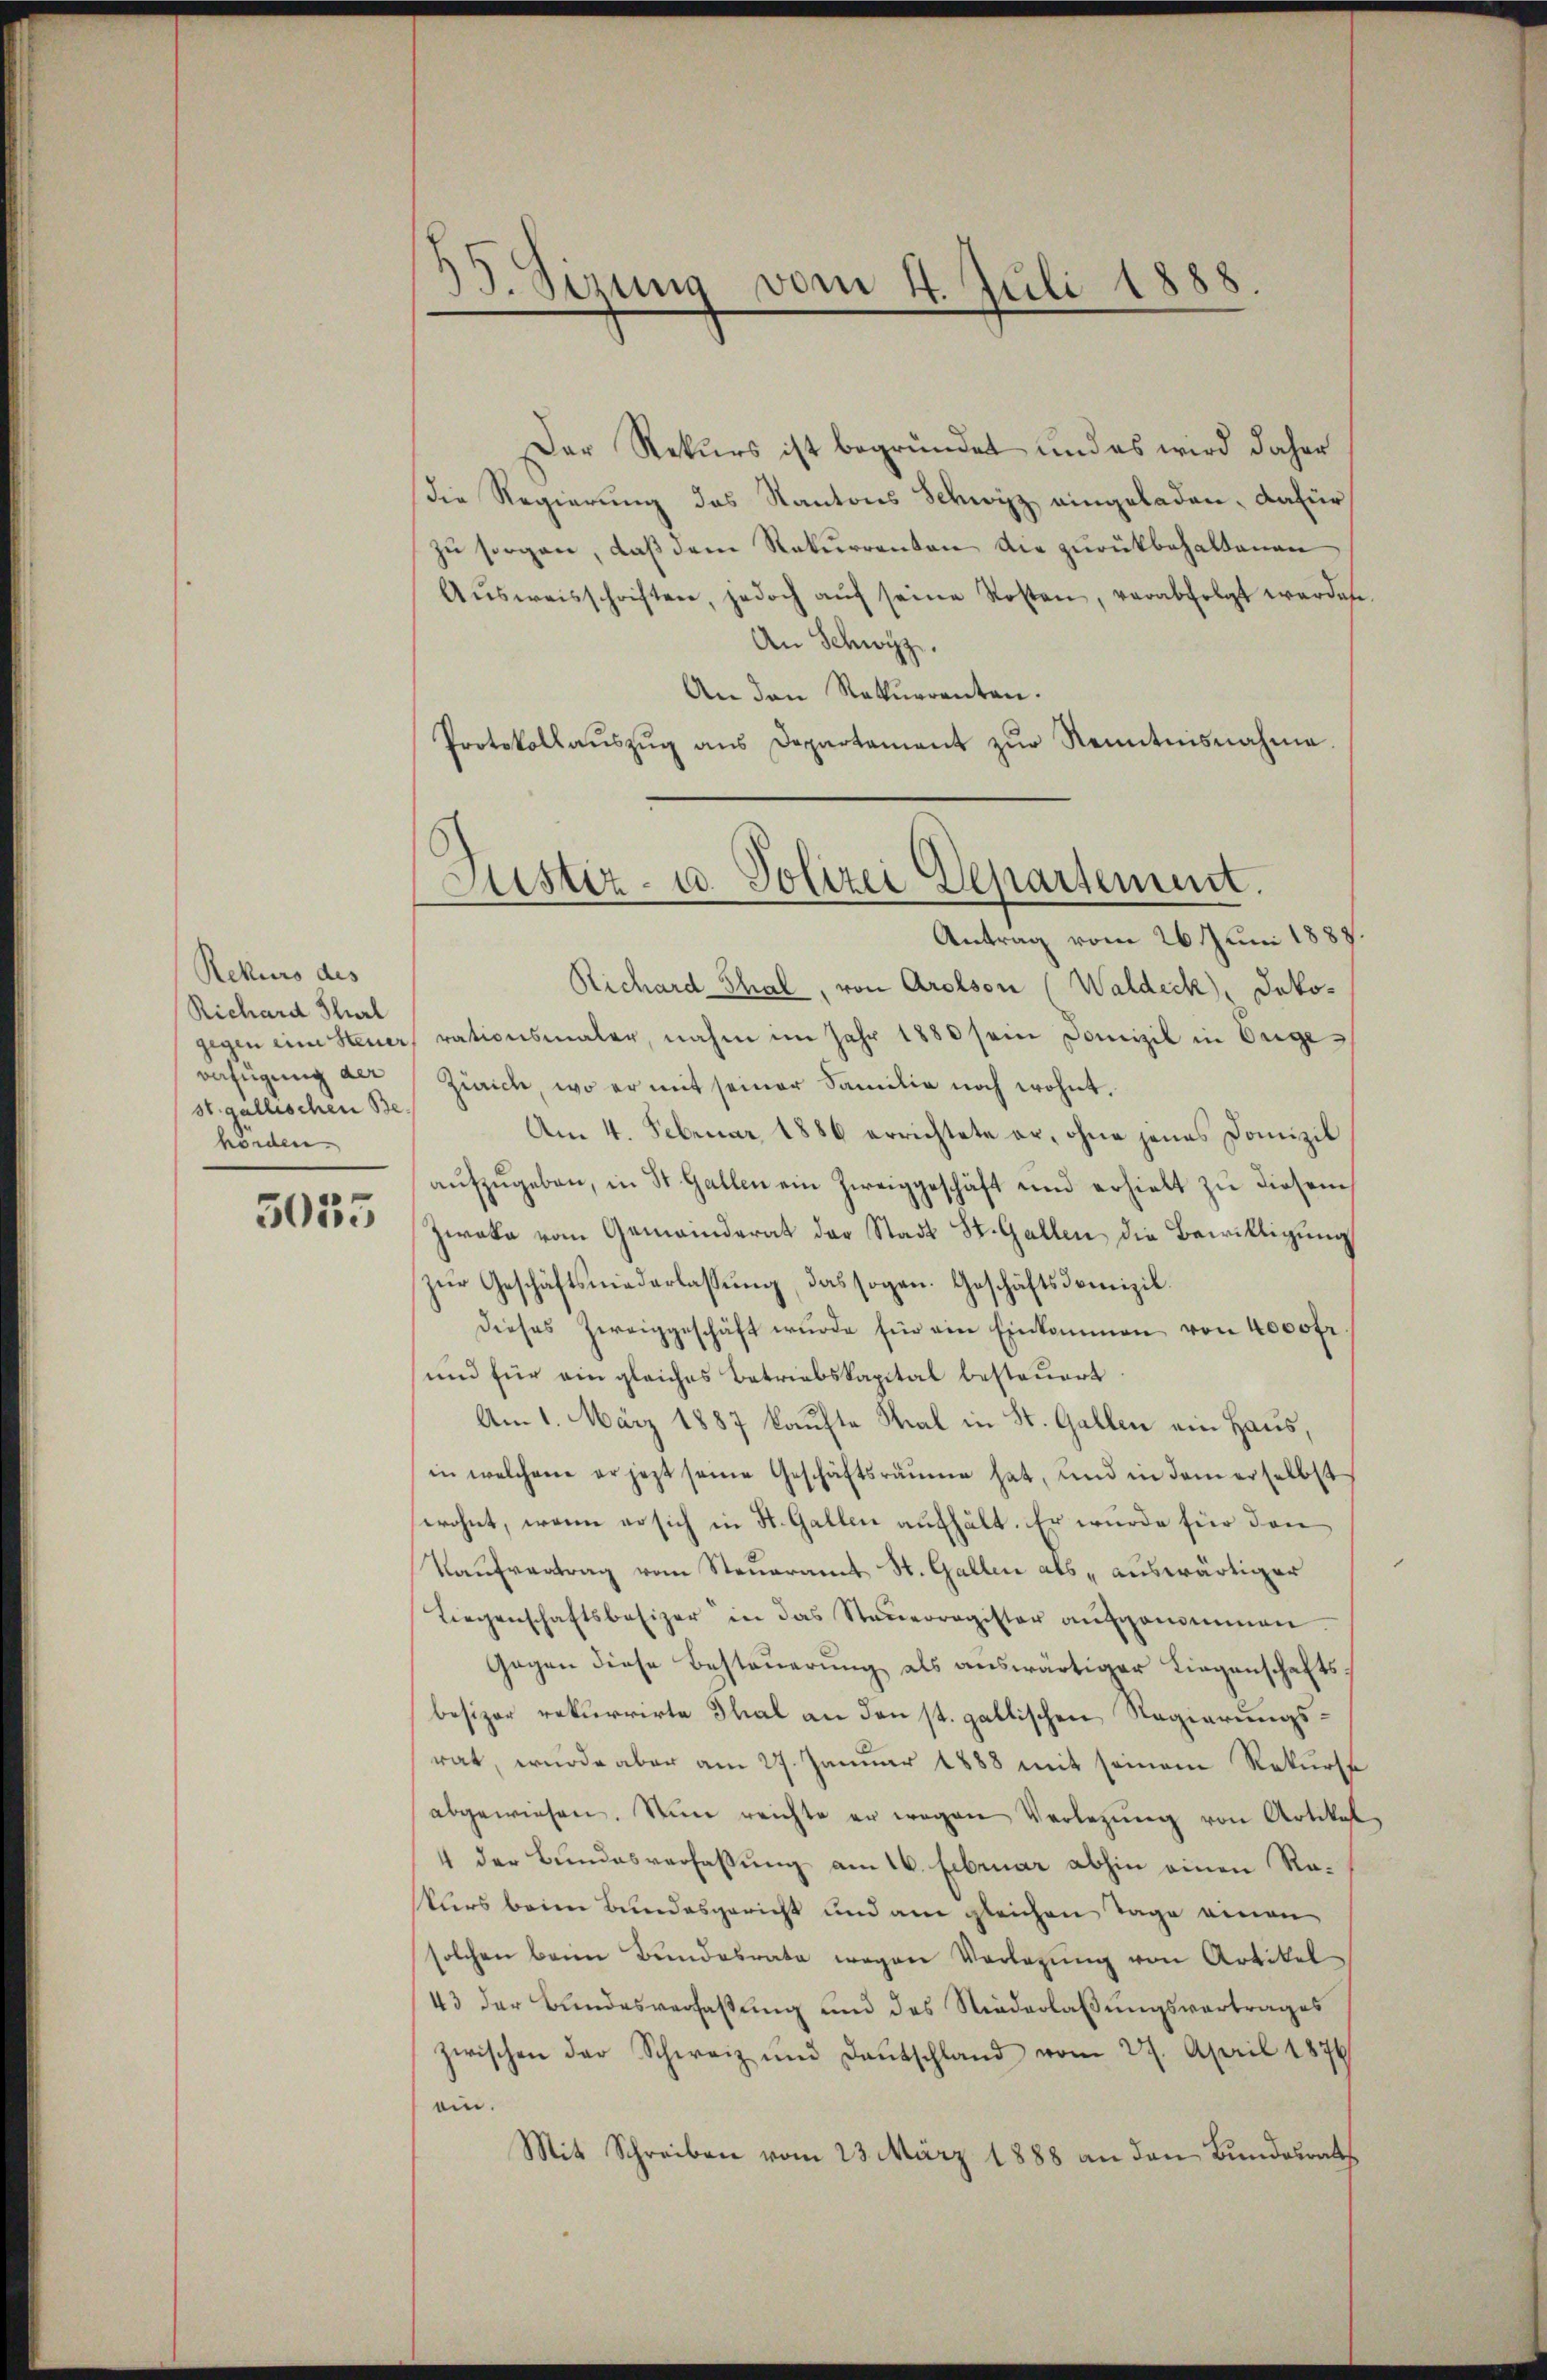
Rekurs des
Richard Therl
verfügung der
st. gallischen Behörden.
5035

39. Sizung vom 4. Juli 1888.

Der Rekurs ist begründet und es wird daher
Die Regierung des Kantons Schwyz eingeladen, dafür
zŭ sorgen, daß dem Rekurrenten die zurückbehaltenen
Aŭsweisschriften, jedoch aŭf seine Kosten, verabfolgt werden
An Schwyz.
An den Rekurrenten.
Protokollaŭszŭg aŭs Departament zŭr Renntnisnahme.
Antrag vom 26 t Juni 1888.
Richard Thal, von Arolson (Waldeck, Dakogegen eine Steuer rationsmaler, nahm im Jahr 1880 sein Domizil in Euge
Zürich, wo er mit seiner Familie noch wohnt.
Am 4. Februar 1886 errichtete er, ohne jenes Domizil
aŭfzŭgeben, in St. Gallen ein Zweiggeschäft und erhielt zŭ diesem
Zwaka vom Gemeinderat der Stadt St. Gallen die Bewilligung
zur Geschäftsniederlassung, das sogen. Geschäftsdomizil.
dieses Zweiggeschäft wurde für ein Einkommen von 4000 fr.
und für ein gleiches Betriebskapital besteuert
Am 1. März 1887 kaufte Mal in St. Gallen ein Haus,
in welchem er jezt seine Geschäftsräume hat, und in dem erselbst
wohnt, wenn er sich in St. Gallen aufhält. Er wurde für den
Kaufvertrag vom Steueramt St. Gallen als „auswärtiger
Liegenschaftsbesizer in das Steŭerregister aŭfgenommen.
Gegen diese Besteŭerŭng als aŭswärtiger Liegenschafts-
besizer rekurrirte Thal an den st. gallischen Regierungsrat, wurde aber am 27. Januar 1888 mit seinem Rekurse
abgewiesen. Nun reichte er wegen Verlegŭng von Artikel
4 der Bundesverfassung am 16. Februar abhin einen Rakurs beim Bundesgericht und am gleichen Tage einen
solchen beim Bundesrate wegen Vorlegŭng von Artikel
43 der Bundesverfassung und des Niederlaßungsvertrages
zwischen der Schweiz und Deutschland vom 27. April 1876
ein.
Mit Schreiben vom 23. März 1888 an den Bundesrath

Astiz- u. Polizei Departement.